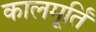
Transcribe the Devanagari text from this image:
कालमूर्तिं